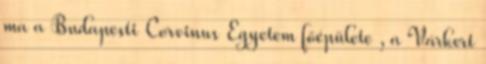
ma a Budapesti Corvinus Egyetem főépülete , a Várkert